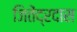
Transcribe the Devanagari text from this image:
जितेंद्रदास